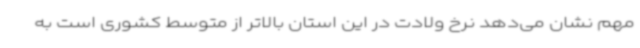
مهم نشان می‌دهد نرخ ولادت در این استان بالاتر از متوسط کشوری است به